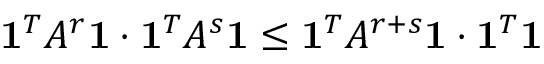
\mathbf { 1 } ^ { T } A ^ { r } \mathbf { 1 } \cdot \mathbf { 1 } ^ { T } A ^ { s } \mathbf { 1 } \leq \mathbf { 1 } ^ { T } A ^ { r + s } \mathbf { 1 } \cdot \mathbf { 1 } ^ { T } \mathbf { 1 }